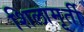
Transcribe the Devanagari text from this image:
शिलामृर्ती